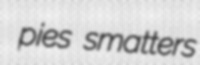
pies smatters